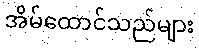
အိမ်ထောင်သည်များ